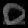
Digit: ၀